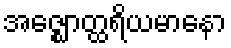
အဇ္ဈောတ္ထရိယမာနော